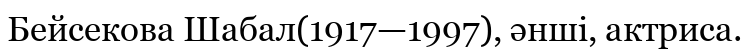
Бейсекова Шабал(1917—1997), әнші, актриса.